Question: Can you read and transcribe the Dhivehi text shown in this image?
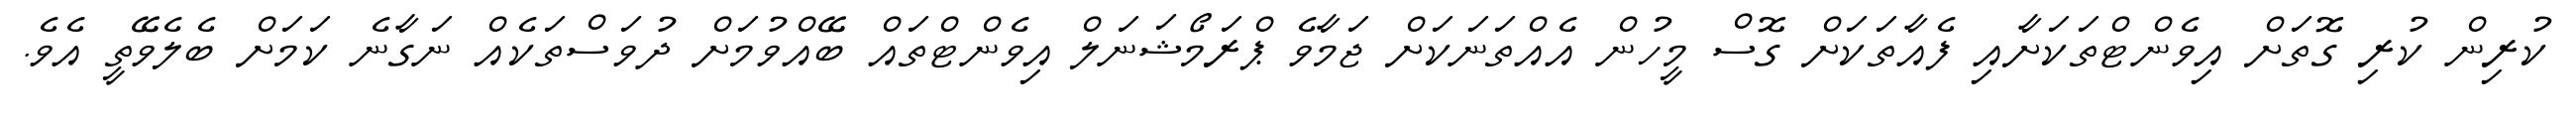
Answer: ކުރިން ކުރި ގޮތަށް އިވެންޓްތަކަށާއި ފެއާތަކަށް ގޮސް މީހުން އެއްތަނަކަށް ޖަމާވެ ޕްރަމޯޝަނަލް އިވެންޓްތައް ބޭއްވުމަށް ދުވަސްތަކެއް ނަގާނެ ކަމަށް ބެލެވޭތީ އެވެ.